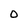
Character: 0